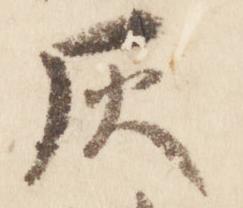
灰